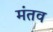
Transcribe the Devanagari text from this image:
मंतव